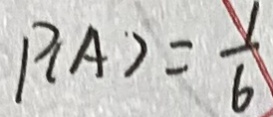
P ( A ) = \frac { 1 } { 6 }